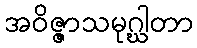
အဝိဇ္ဇာသမုဂ္ဃါတာ